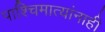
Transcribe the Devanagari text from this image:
पाश्चिमात्यांनाही